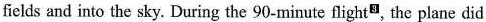
fields and into the sky. During the 90-minute flight, the plane did